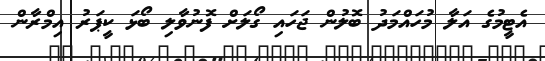
އެޓީމުގެ އަލާ މުހައްމަދު ބޮލުން ޖަހައި ގޯލަށް ފޮނުވާލި ބޯޅަ ކީޕަރު އިމްރާން